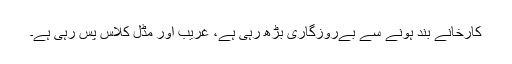
کارخانے بند ہونے سے بےروزگاری بڑھ رہی ہے، غریب اور مڈل کلاس پس رہی ہے۔